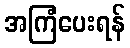
အကြံပေးရန်